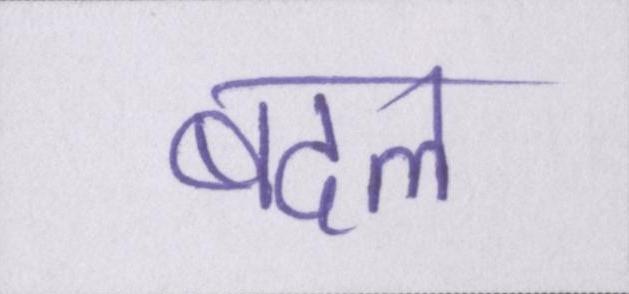
बदल